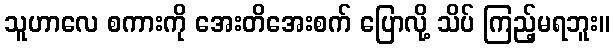
သူဟာလေ စကားကို အေးတိအေးစက် ပြောလို့ သိပ် ကြည့်မရဘူး။